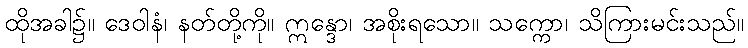
ထိုအခါ၌။ ဒေဝါနံ၊ နတ်တို့ကို။ ဣန္ဒော၊ အစိုးရသော။ သက္ကော၊ သိကြားမင်းသည်။